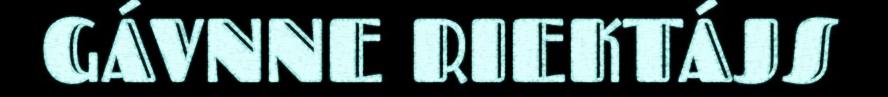
GÁVNNE RIEKTÁJS